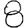
Digit: 8